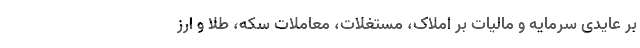
بر عایدی سرمایه و مالیات بر املاک، مستغلات، معاملات سکه، طلا و ارز